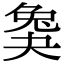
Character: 𡙖